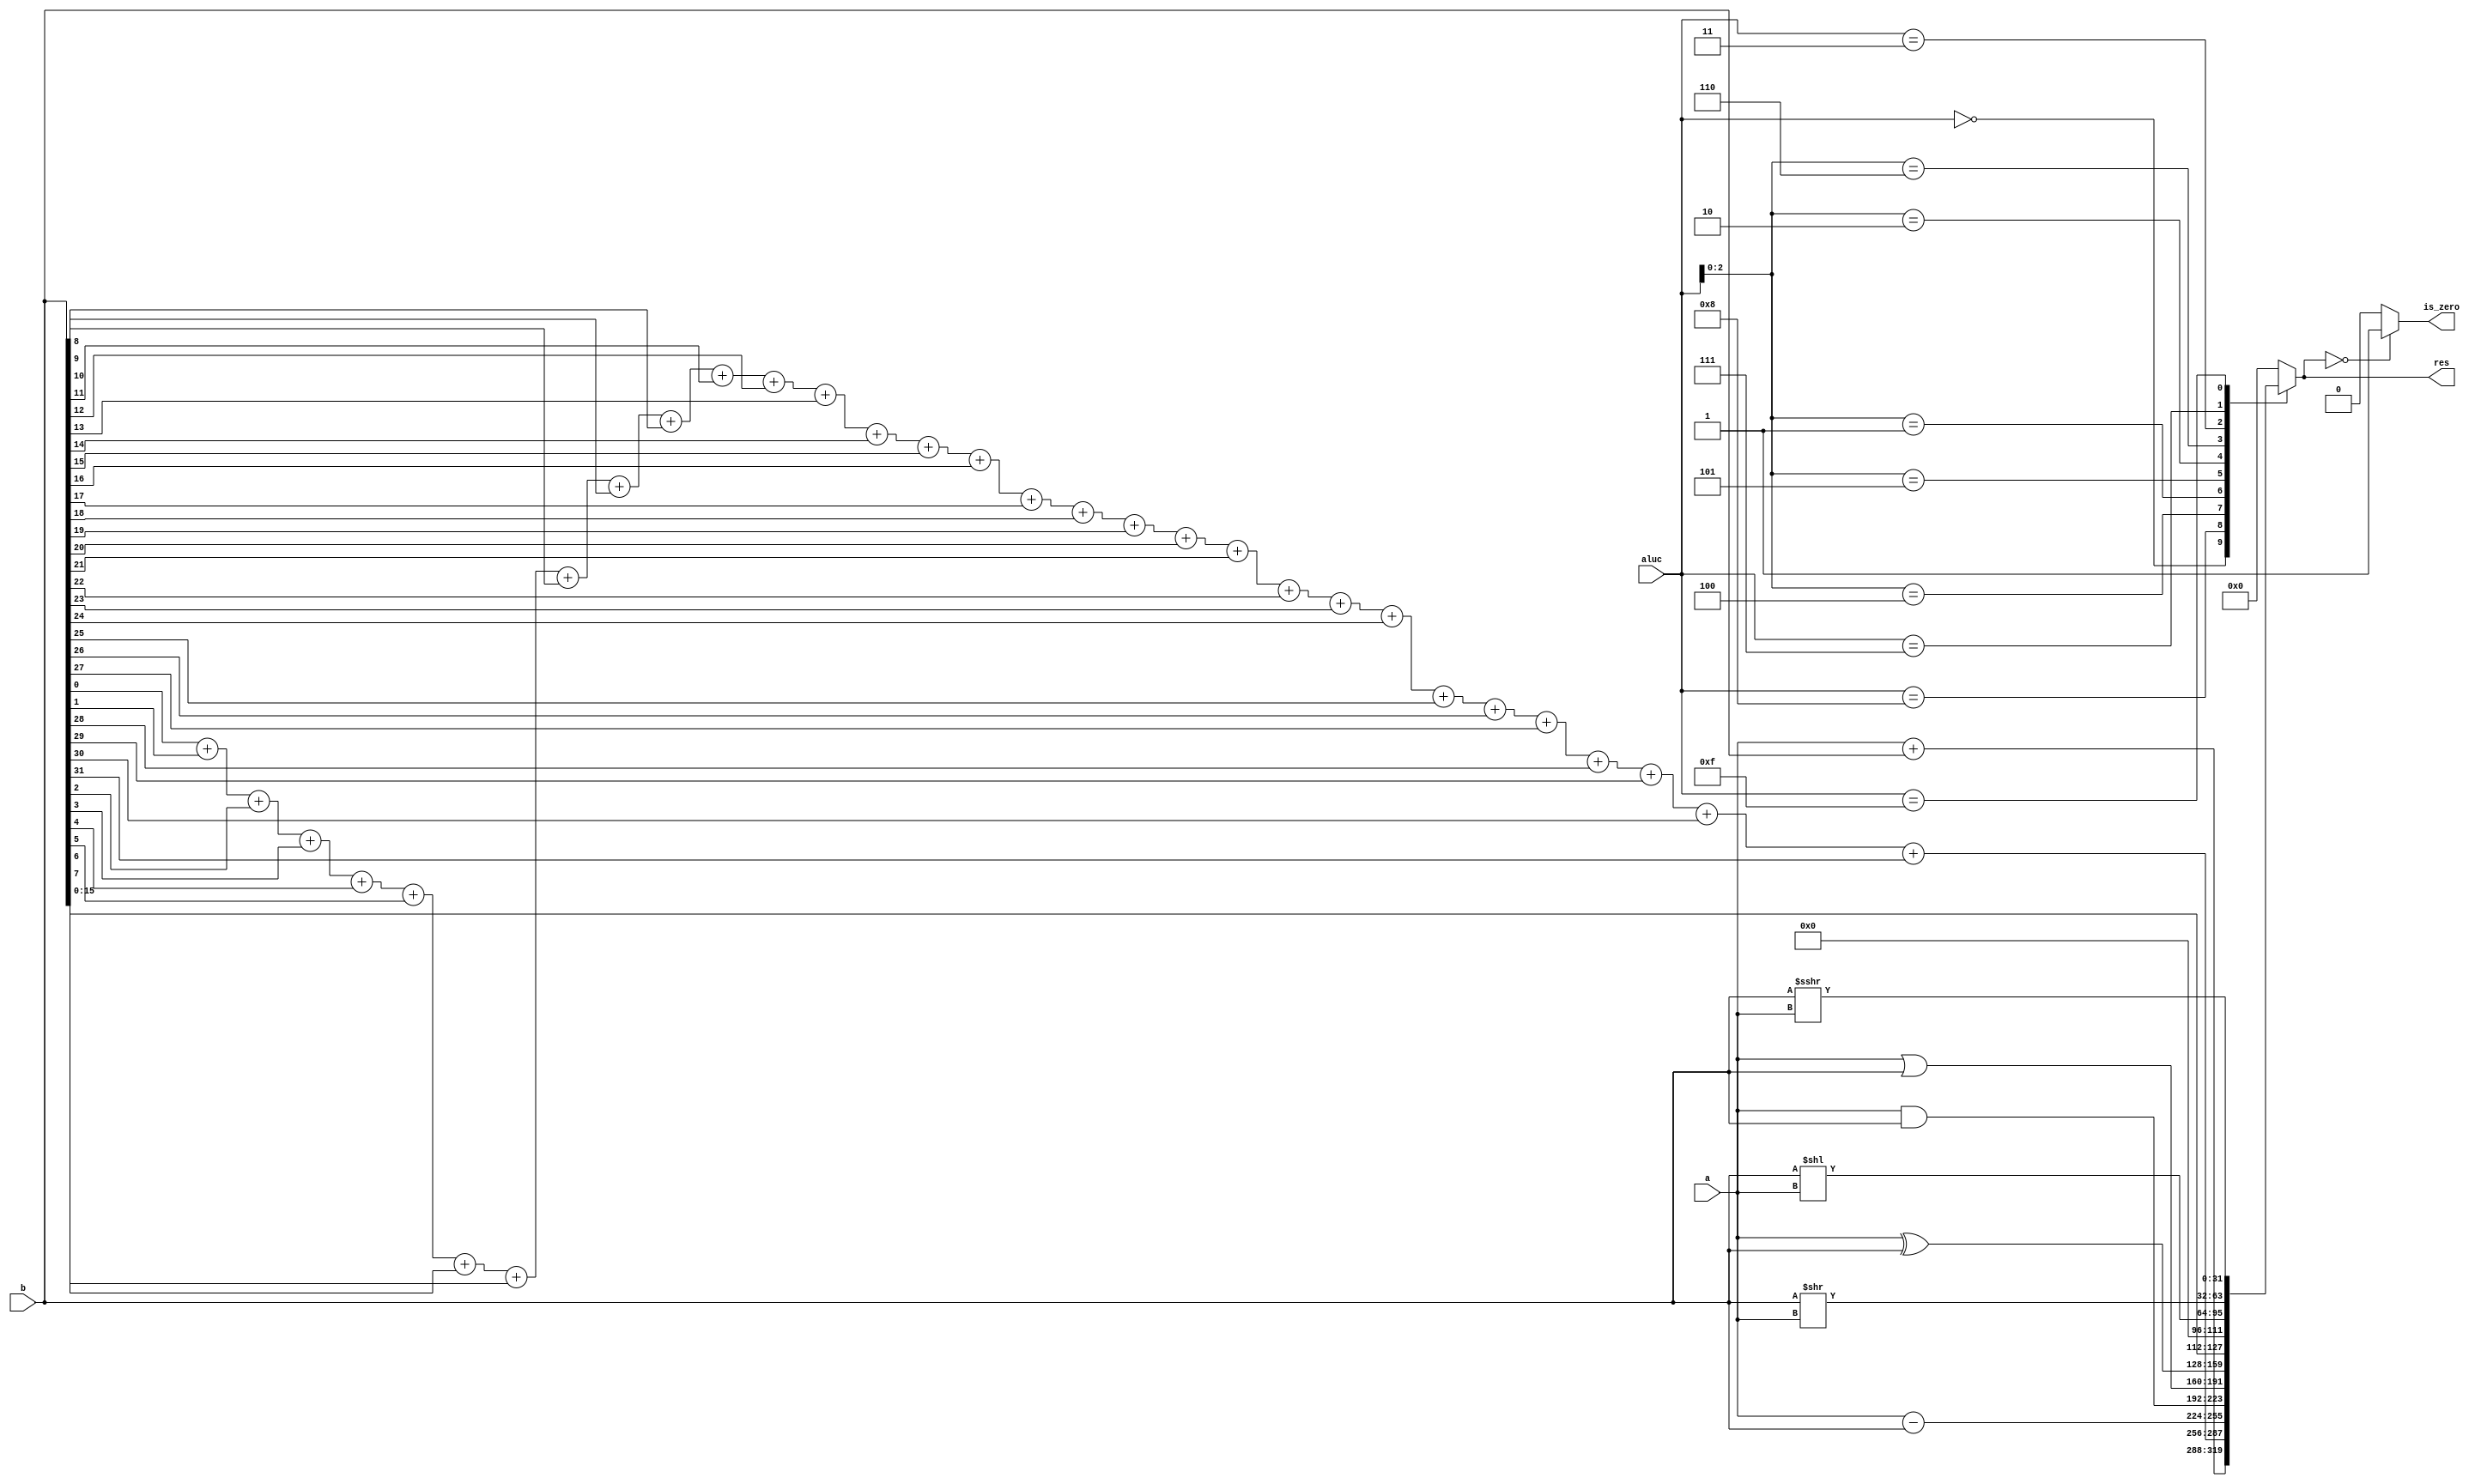
`default_nettype none

module alu (
    input [31: 0] a,
    input [31: 0] b,
    input [3: 0] aluc, 
    
    output reg [31: 0] res, 
    output reg is_zero
);
    // input
    // output

    always @ (a or b or aluc) 
    begin                                           // event
        casex (aluc)
            4'b0000: res = a + b;                   // 0000 ADD
            4'b1000: res = (b[0] + b[1] + b[2] + b[3] + b[4] + b[5] + b[6] + b[7] + b[8] + 
                b[9] + b[10] + b[11] + b[12] + b[13] + b[14] + b[15] + b[16] + b[17] +
                b[18] + b[19] + b[20] + b[21] + b[22] + b[23] + b[24] + 
                b[25] + b[26] + b[27] + b[28] + b[29] + b[30] + b[31]);                   // 1000 COUNT 
            4'bx100: res = a - b;                   // x100 SUB
            4'bx001: res = a & b;                   // x001 AND
            4'bx101: res = a | b;                   // x101 OR
            4'bx010: res = a ^ b;                   // x010 XOR
            4'bx110: res = b << 16;                 // x110 LUI: imm << 16bit   
            4'b0011: res = b << a;                  // 0011 SLL: rd <- (rt << sa)
            4'b0111: res = b >> a;                  // 0111 SRL: rd <- (rt >> sa) (logical)
            4'b1111: res = $signed(b) >>> a;        // 1111 SRA: rd <- (rt >> sa) (arithmetic)
            default: res = 0;
        endcase
        
        if (res == 0)  
            is_zero = 1;
        else 
            is_zero = 0;         
    end      
endmodule